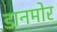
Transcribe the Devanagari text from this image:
डानमोर